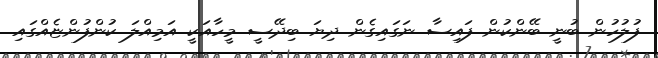
ފުލުހުން ބުނީ ބޭންކުން ފައިސާ ނަގައިގެން ދިޔަ ބިދޭސީ މީހާއަކީ އަމިއްލަ ކުންފުންޏެއްގައި